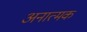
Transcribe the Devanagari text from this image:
अनात्मक